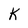
Character: K